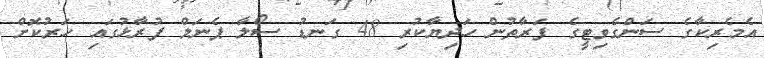
އެމެރިކާގެ ސަންގެވިޓީގެ ފަރާތުން ހަދިޔާކުރި 48 ގަނޑު ސޯލާ ޕެނަލް ފުރާޅުގައި ހަރުކޮށް